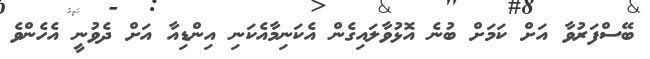
ބޭސްފަރުވާ އަށް ކަމަށް ބުނެ އޮޅުވާލައިގެން އެކަނިމާއެކަނި އިންޑިއާ އަށް ދެވުނީ އެހެންވެ